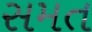
સમત